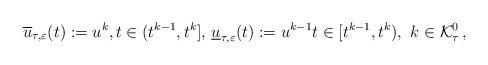
LaTeX: \begin{align*}\overline{u}_{\tau,\varepsilon}(t):=u^{k}, t\in(t^{k-1},t^k],\,\underline{u}_{\tau,\varepsilon}(t):=u^{k-1} t\in[t^{k-1},t^k),\,\, k\in\mathcal{K}^0_\tau\,, \end{align*}